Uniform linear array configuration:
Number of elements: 64
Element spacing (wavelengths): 0.25
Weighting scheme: kaiser
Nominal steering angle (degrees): -30
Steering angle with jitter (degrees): -28.095
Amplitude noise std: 0.05
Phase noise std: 0.05

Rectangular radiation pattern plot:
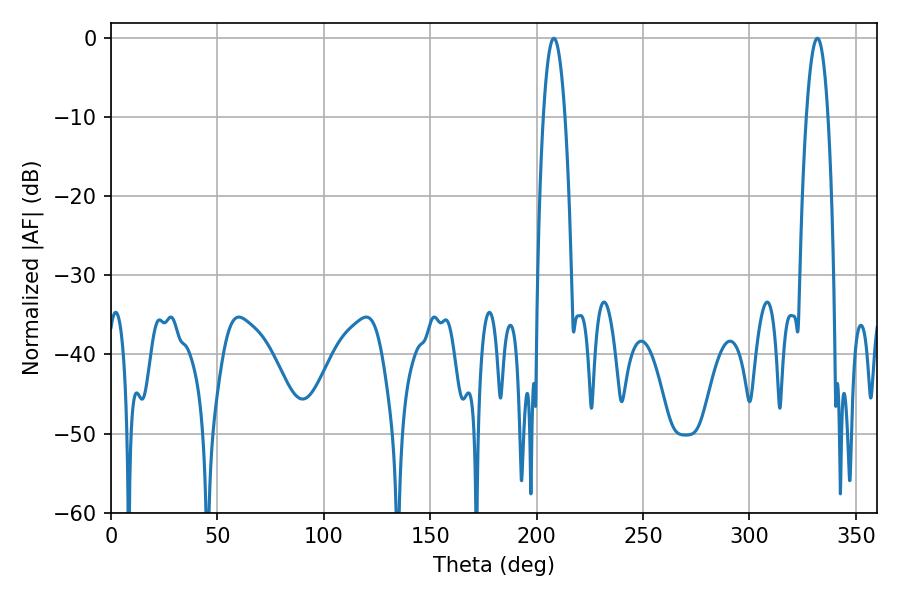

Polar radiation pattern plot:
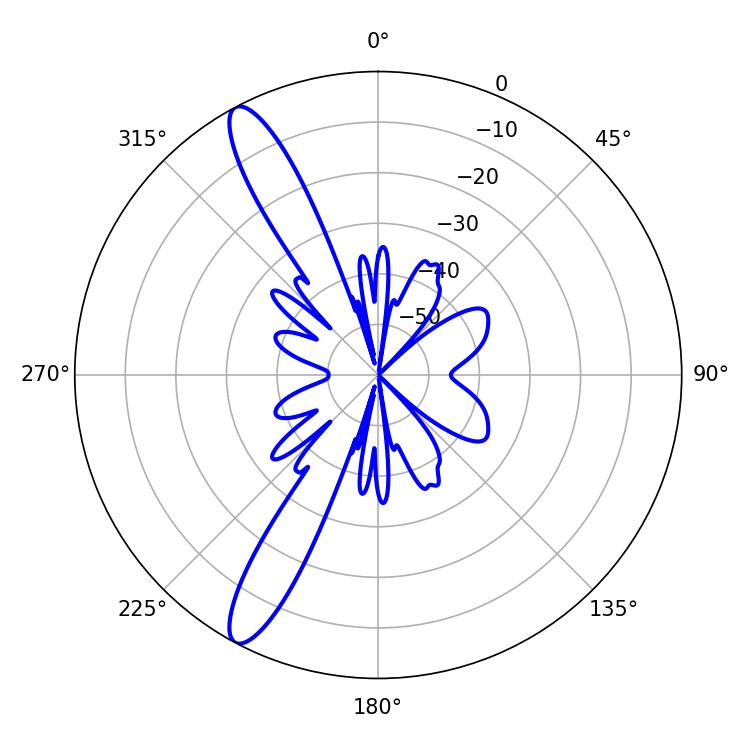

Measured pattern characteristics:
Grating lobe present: FALSE
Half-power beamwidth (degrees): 5.58
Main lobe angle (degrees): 208.08